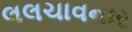
લલચાવનાર